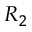
R _ { 2 }